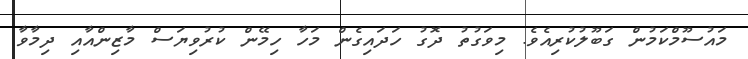
މައުސޫމްކަމުން ގަބޫލުކުރިއެވެ. މިވަގުތު ދޮގު ހަދައިގެން މަހާ ހިމޭން ކުރުވިޔަސް މާޒިންއާއި ދިމާވާ